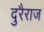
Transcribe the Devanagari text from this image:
दुरैराज